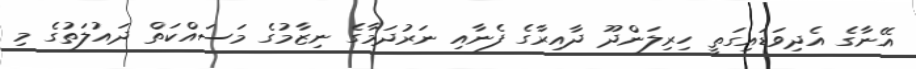
އޭނާގެ އެދިވަޑައިގަތީ ހިރިލަންދޫ ދާއިރާގެ ފެނާއި ނަރުދަމާގެ ނިޒާމުގެ މަސައްކަތް ދައުލަތުގެ މި